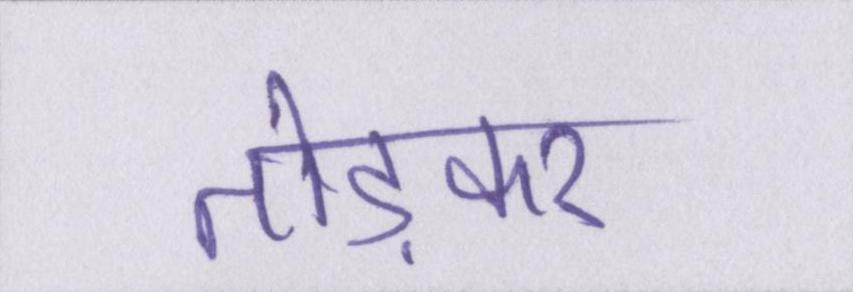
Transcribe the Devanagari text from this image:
तोड़कर